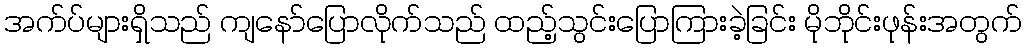
အက်ပ်များရှိသည် ကျနော်ပြောလိုက်သည် ထည့်သွင်းပြောကြားခဲ့ခြင်း မိုဘိုင်းဖုန်းအတွက်